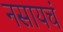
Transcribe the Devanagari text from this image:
नसायचं